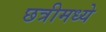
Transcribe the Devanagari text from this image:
छत्रीमध्ये